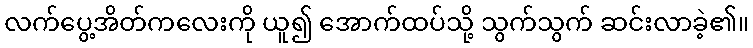
လက်ပွေ့အိတ်ကလေးကို ယူ၍ အောက်ထပ်သို့ သွက်သွက် ဆင်းလာခဲ့၏။